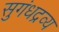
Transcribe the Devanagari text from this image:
सुगंधद्रव्य